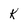
Character: k